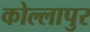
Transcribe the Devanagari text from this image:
कोल्लापुर